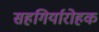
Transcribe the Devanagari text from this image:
सहगिर्यारोहक